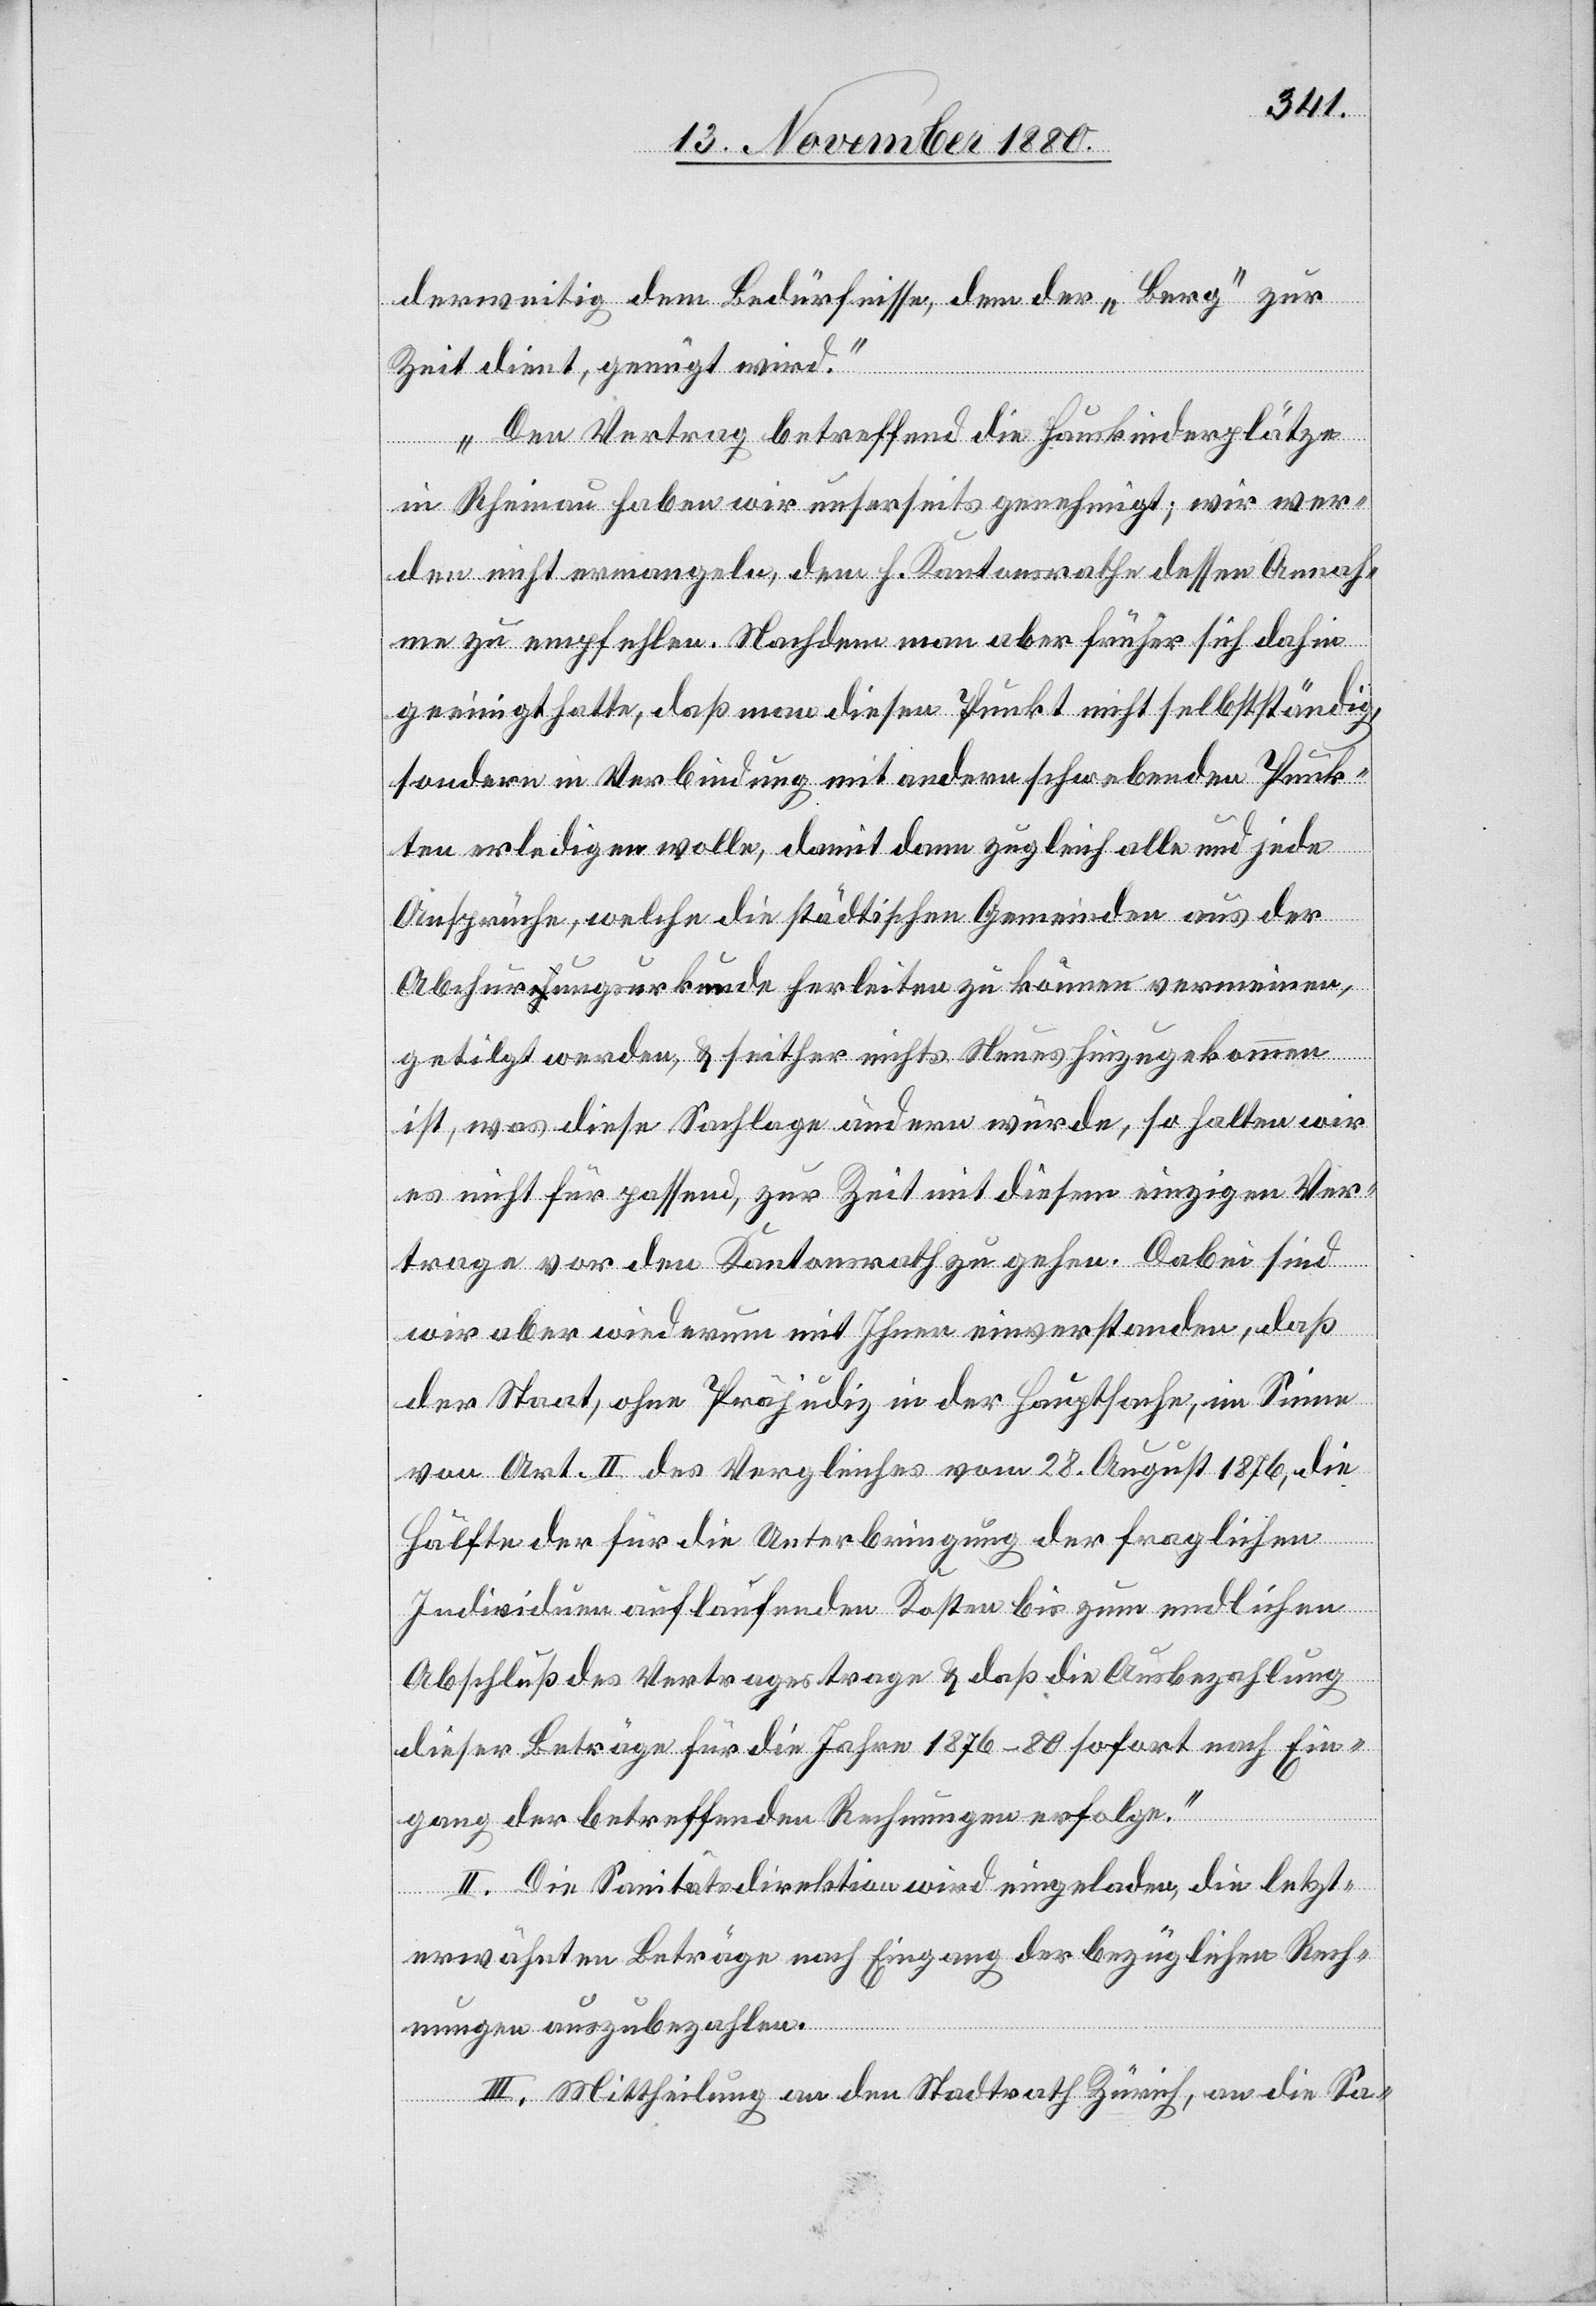
derweitig dem Bedürfnisse, dem der „Berg“ zur
Zeit dient, genügt wird.
Den Vertrag betreffend die Hauskinderplätze
in Rheinau haben wir unserseits genehmigt; wir wer¬
den nicht ermangeln, dem h. Kantonsrathe dessen Annah¬
me zu empfehlen. Nachdem man aber früher sich dahin
geeinigt hatte, daß man diesen Punkt nicht selbstverständig,
sondern in Verbindung mit andern schwebenden Punk¬
ten erledigen wolle, damit dann zugleich alle und jede
Ansprüche, welche die städtischen Gemeinden aus der
Abchurungsurkunde herleiten zu können vermeinen,
getilgt werden, & seither nichts Neues hinzugekommen
ist, was diese Sachlage ändern würde, so halten wir
es nicht für passend, zur Zeit mit diesem einzigen Ver¬
trage vor den Kantonsrath zu gehen. Dabei sind
wir aber wiederum mit Ihnen einverstanden, daß
der Staat, ohne Präjudiz in der Hauptsache, im Sinne
von Art. II der Vergleiches vom 28. August 1876, die
Hälfte der für die Unterbringung der fraglichen
Individuen auf laufenden Kosten bis zum endlichen
Abschluß des Vertrages trage & daß die Ausbezahlung
dieser Beträge für die Jahre 1879–80 sofort nach Ein¬
gang der betreffenden Rechnungen erfolge.
II. Die Sanitätsdirektion wird eingeladen, die letzt¬
erwähnten Beträge nach Eingang der bezüglichen Rech¬
nungen auszubezahlen.
III. Mittheilung an den Stadtrath Zürich, an die Sa-